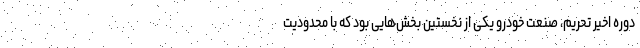
دوره اخیر تحریم، صنعت خودرو یکی از نخستین بخش‌هایی بود که با محدودیت